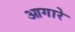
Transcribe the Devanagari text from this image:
आगारे